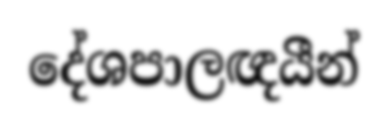
දේශපාලඥයීන්